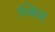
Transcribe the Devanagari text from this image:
म्बिया